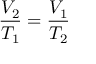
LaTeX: { \frac { V _ { 2 } } { T _ { 1 } } } = { \frac { V _ { 1 } } { T _ { 2 } } }